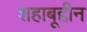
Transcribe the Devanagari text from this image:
शहाबूद्दीन